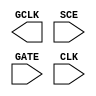
module sky130_fd_sc_lp__sdlclkp (
    GCLK,
    SCE ,
    GATE,
    CLK
);

    output GCLK;
    input  SCE ;
    input  GATE;
    input  CLK ;

    // Voltage supply signals
    supply1 VPWR;
    supply0 VGND;
    supply1 VPB ;
    supply0 VNB ;

endmodule